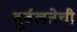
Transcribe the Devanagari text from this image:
दुर्बलतेची